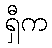
ရှီက